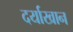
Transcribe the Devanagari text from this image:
दर्याखान